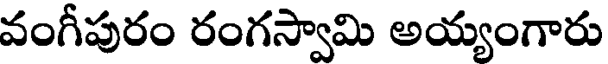
వంగీపురం రంగస్వామి అయ్యంగారు